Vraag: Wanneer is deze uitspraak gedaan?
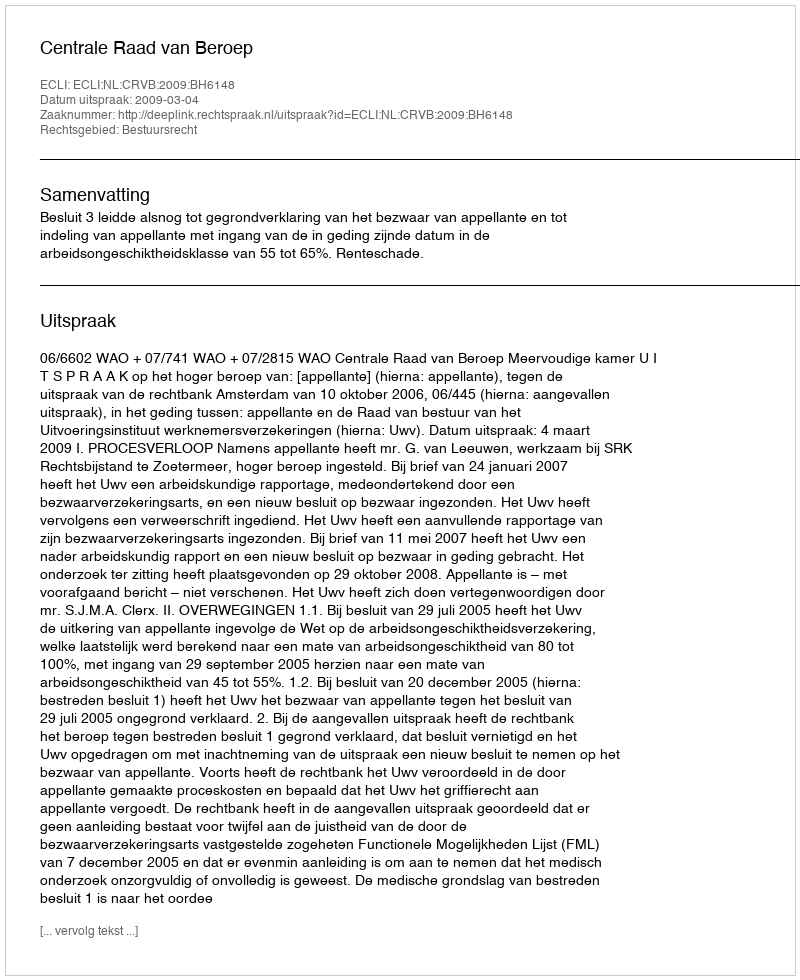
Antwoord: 2009-03-04